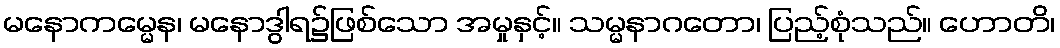
မနောကမ္မေန၊ မနောဒွါရ၌ဖြစ်သော အမှုနှင့်။ သမ္မနာဂတော၊ ပြည့်စုံသည်။ ဟောတိ၊